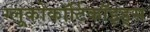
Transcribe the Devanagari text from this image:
ग्लूकोकॉर्टिकॉइड्स